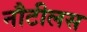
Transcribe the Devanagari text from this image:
नौटीलस